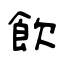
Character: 飲